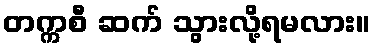
တက္ကစီ ဆက် သွားလို့ရမလား။